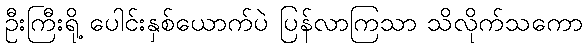
ဦးကြီးရို့ ပေါင်းနှစ်ယောက်ပဲ ပြန်လာကြသာ သိလိုက်သကော